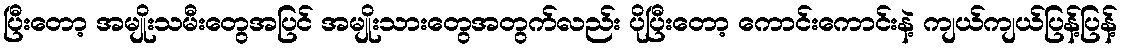
ပြီးတော့ အမျိုးသမီးတွေအပြင် အမျိုးသားတွေအတွက်လည်း ပိုပြီးတော့ ကောင်းကောင်းနဲ့ ကျယ်ကျယ်ပြန့်ပြန့်